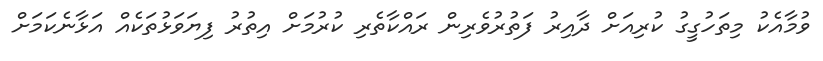
ވުމާއެކު މިތަހުގީގު ކުރިއަށް ދާއިރު ފަތުރުވެރިން ރައްކާތެރި ކުރުމަށް އިތުރު ފިޔަވަޅުތަކެއް އަޅާނެކަމަށް